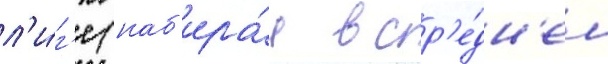
л'и́г'е (наб'ира́я в ср'е́дн'ем